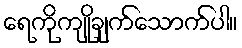
ရေကိုကျိုချက်သောက်ပါ။